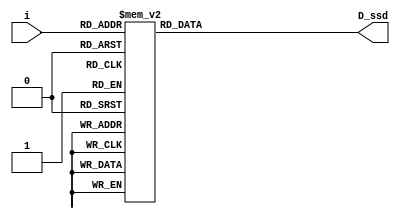
`timescale 1ns / 1ps
//////////////////////////////////////////////////////////////////////////////////
// Company: 
// Engineer: 
// 
// Design Name: 
// Module Name: display
// Project Name: 
// Target Devices: 
// Tool Versions: 
// Description: 
// 
// Dependencies: 
// 
// Revision:
// Revision 0.01 - File Created
// Additional Comments:
// 
//////////////////////////////////////////////////////////////////////////////////


// define segment codes
`define SS_0 8'b00000011
`define SS_1 8'b10011111
`define SS_2 8'b00100101
`define SS_3 8'b00001101
`define SS_4 8'b10011001
`define SS_5 8'b01001001
`define SS_6 8'b11000001
`define SS_7 8'b00011011
`define SS_8 8'b00000001
`define SS_9 8'b00011001
`define SS_a 8'b00010001
`define SS_b 8'b11000001
`define SS_c 8'b01100011
`define SS_d 8'b10000101
`define SS_e 8'b01100001
`define SS_F 8'b01110001
module display(
    input [3:0]i,
    output reg [7:0]D_ssd
    );
    always @* 
      begin
        
        case(i)
            4'd0: D_ssd = `SS_0;
            4'd1: D_ssd = `SS_1;
            4'd2: D_ssd = `SS_2;
            4'd3: D_ssd = `SS_3;
            4'd4: D_ssd = `SS_4;
            4'd5: D_ssd = `SS_5;
            4'd6: D_ssd = `SS_6;
            4'd7: D_ssd = `SS_7;
            4'd8: D_ssd = `SS_8;
            4'd9: D_ssd = `SS_9;
            4'd10: D_ssd = `SS_a;
            4'd11: D_ssd = `SS_b;
            4'd12: D_ssd = `SS_c;
            4'd13: D_ssd = `SS_d;
            4'd14: D_ssd = `SS_e;
            4'd15: D_ssd = `SS_F;
            default: D_ssd = `SS_F;
      
        endcase
      end
        
endmodule